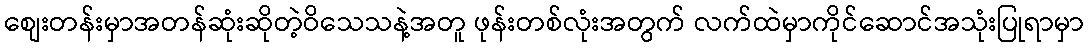
စျေးတန်းမှာအတန်ဆုံးဆိုတဲ့ဝိသေသနဲ့အတူ ဖုန်းတစ်လုံးအတွက် လက်ထဲမှာကိုင်ဆောင်အသုံးပြုရာမှာ